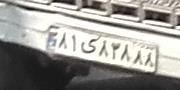
۸۱ی۸۳۸۸۸